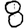
Digit: 8